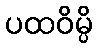
ပထဝိမ္ပိ